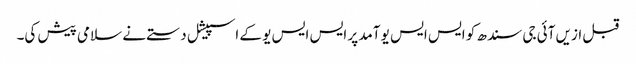
قبل ازیں آئی جی سندھ کو ایس ایس یو آمد پر ایس ایس یو کے اسپیشل دستے نے سلامی پیش کی۔